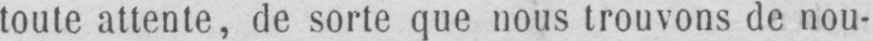
toute attente, de sorte que nous trouvons de nou-